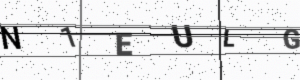
Text: N1EULG